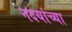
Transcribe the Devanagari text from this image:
नदयांच्या